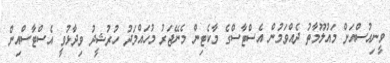
ވީނިއުސްއަށް މައުލޫމާތު ދެއްވަމުން އެސްޓާސްގެ މާކެޓިން މެނޭޖަރު މުހައްމަދު ހުރުޝީދު ވިދާޅުވީ އެސްޓާސްއިން